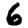
Digit: 6